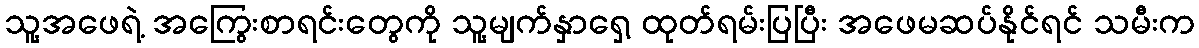
သူ့အဖေရဲ့ အကြွေးစာရင်းတွေကို သူ့မျက်နှာရှေ့ ထုတ်ရမ်းပြပြီး အဖေမဆပ်နိုင်ရင် သမီးက